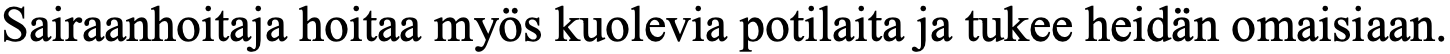
Sairaanhoitaja hoitaa myös kuolevia potilaita ja tukee heidän omaisiaan.